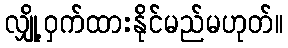
လျှို့ဝှက်ထားနိုင်မည်မဟုတ်။